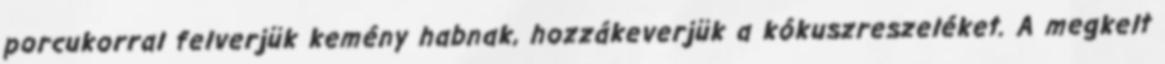
porcukorral felverjük kemény habnak, hozzákeverjük a kókuszreszeléket. A megkelt